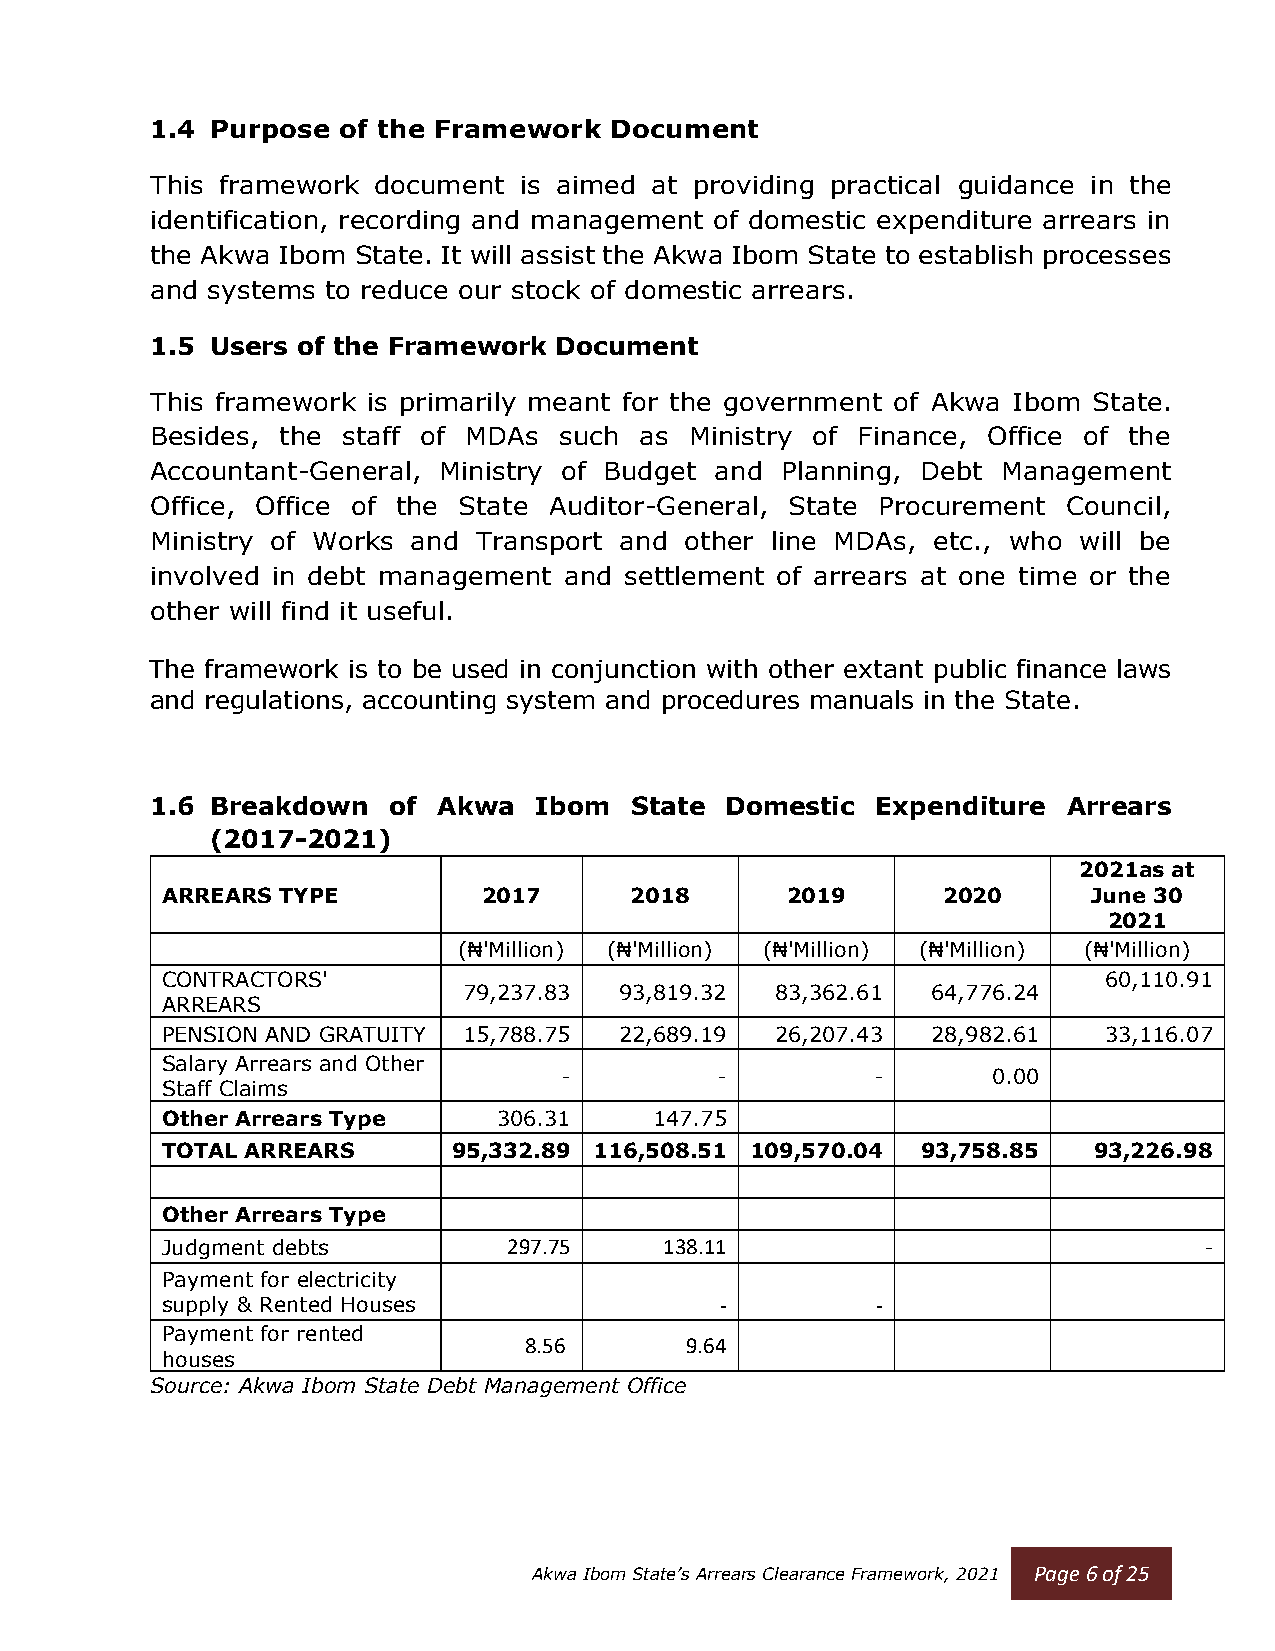
1.4 Purpose of the Framework  Document
 This framework document is aimed at providing practical guidance in the
 identification, recording and management of domestic expenditure arrears in
 the Akwa Ibom State. It will assist the Akwa Ibom State to establish processes
 and systems to reduce our stock of domestic arrears.
 1.5 Users of the Framework Document
 This framework is primarily meant for the government of Akwa Ibom State.
 Besides, the staff of MDAs such as  Ministry of Finance, Office of the
 Accountant-General, Ministry of Budget and Planning, Debt Management
 Office, Office of the State Auditor-General, State Procurement Council,
 Ministry of Works and Transport and other line MDAs, etc., who will be
 involved in debt management and settlement of arrears at one time or the
 other will find it useful.
 The framework is to be used in conjunction with other extant public finance laws
 and regulations, accounting system and procedures manuals in the State.
 1.6 Breakdown   of Akwa  Ibom   State Domestic  Expenditure  Arrears
 (2017-2021)
 2021as at
 ARREARS TYPE         2017      2018      2019      2020      June 30
 2021
 (₦'Million) (₦'Million) (₦'Million) (₦'Million) (₦'Million)
 CONTRACTORS'                                                  60,110.91
 79,237.83 93,819.32 83,362.61  64,776.24
 ARREARS
 PENSION AND GRATUITY 15,788.75 22,689.19 26,207.43 28,982.61  33,116.07
 Salary Arrears and Other
 -         -          -       0.00
 Staff Claims
 Other Arrears Type    306.31    147.75
 TOTAL ARREARS      95,332.89 116,508.51 109,570.04 93,758.85 93,226.98
 Other Arrears Type
 Judgment debts         297.75    138.11                              -
 Payment for electricity
 supply & Rented Houses               -         -
 Payment for rented
 8.56      9.64
 houses
 Source: Akwa Ibom State Debt Management Office
 Akwa Ibom State’s Arrears Clearance Framework, 2021 Page 6 of 25